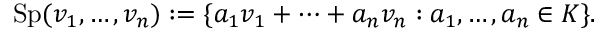
\operatorname { S p } ( v _ { 1 } , \ldots , v _ { n } ) : = \{ a _ { 1 } v _ { 1 } + \cdots + a _ { n } v _ { n } : a _ { 1 } , \ldots , a _ { n } \in K \} .